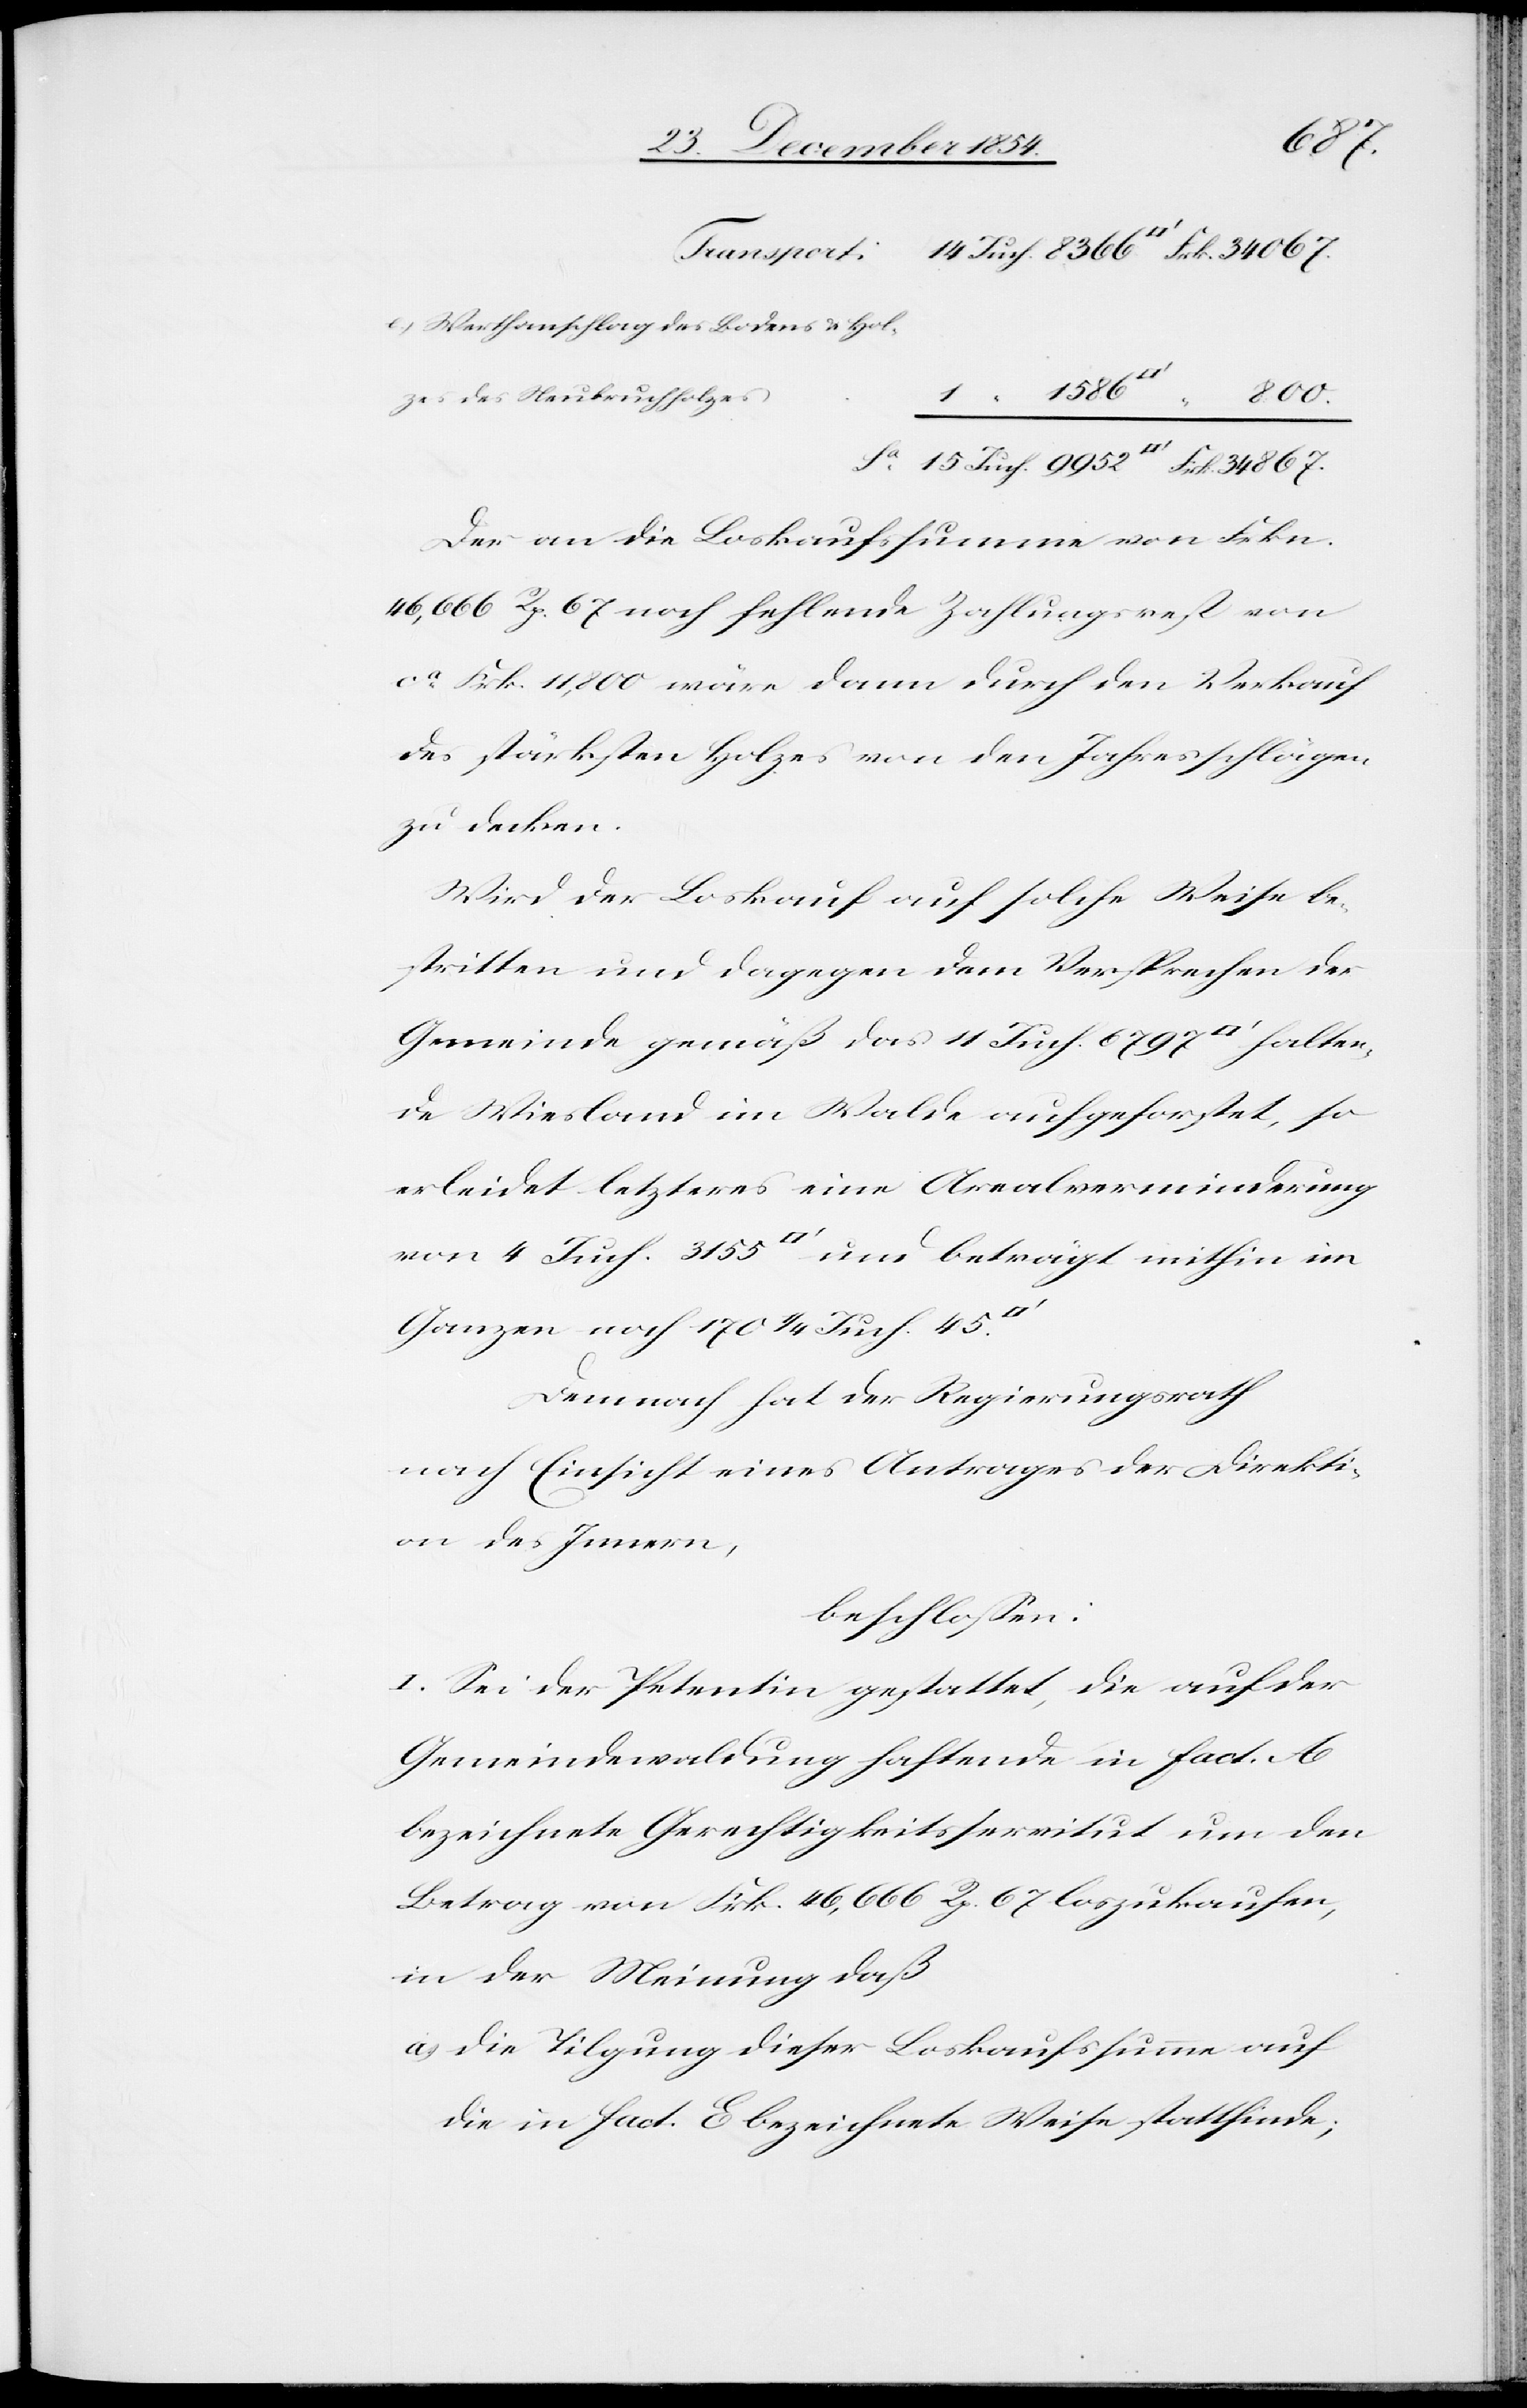
867.
e.) Werthanschlag des Bodens u. Hol¬
800.
zes des Neubruchholzes
34
Der an die Loskaufssumme von Frkn.
46,666 Rp. 67 noch fehlende Zahlungsrest von
ca Frk. 11,800 wäre dann durch den Verkauf
des stärksten Holzes von den Jahresschlägen
zu decken.
Wird der Loskauf auf solche Weise be¬
stritten und dagegen dem Versprechen der
Gemeinde gemäß das 11 Juch. 6797 [Quadratfuß] halten¬
de Wiesland im Walde aufgeforstet, so
erleidet letzteres eine Arealverminderung
von 4 Juch. 3155 [Quadratfuß] und beträgt mithin im
Ganzen noch 170 1/2 Juch. 45
Demnach hat der Regierungsrath
nach Einsicht eines Antrages der Direkti¬
on des Innern,
beschloßen:
I. Sei der Petentin gestattet, die auf der
Gemeindewaldung haftende in fact. A
bezeichnete Gerechtigkeitsservitut um den
Betrag von Frk. 46,666 Rp. 6 loszukaufen,
in der Meinung daß
a.) die Tilgung dieser Loskaufssumme auf
die in fact. E bezeichnete Weise stattfinde;